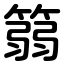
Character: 篛